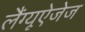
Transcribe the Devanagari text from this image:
लैंग्यूऐजेज